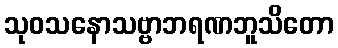
သုဝသနောသဗ္ဗာဘရဏဘူသိတော